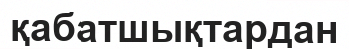
қабатшықтардан